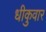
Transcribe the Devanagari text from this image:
धीकुवार